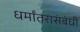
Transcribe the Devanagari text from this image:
धर्मांतरासंबंधी